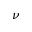
\nu